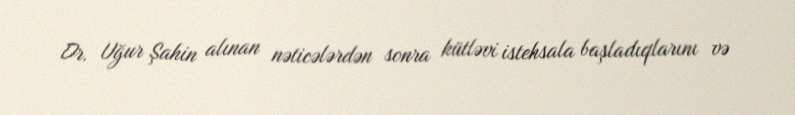
Dr. Uğur Şahin alınan nəticələrdən sonra kütləvi istehsala başladıqlarını və